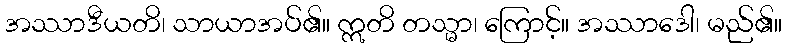
အဿာဒီယတိ၊ သာယာအပ်၏။ ဣတိ တသ္မာ၊ ကြောင့်။ အဿာဒေါ၊ မည်၏။